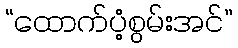
“ထောက်ပံ့စွမ်းအင်”